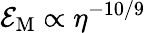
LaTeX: {\cal E}_{\mathrm{M}}\propto\eta^{-10/9}